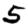
Digit: 5